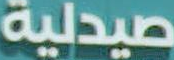
صيدلية